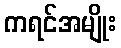
ကရင်အမျိုး